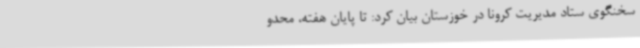
سخنگوی ستاد مدیریت کرونا در خوزستان بیان کرد: تا پایان هفته، محدو